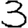
Digit: 3